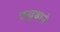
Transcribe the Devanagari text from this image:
क्युबाने